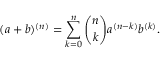
( a + b ) ^ { ( n ) } = \sum _ { k = 0 } ^ { n } { \binom { n } { k } } a ^ { ( n - k ) } b ^ { ( k ) } .